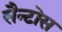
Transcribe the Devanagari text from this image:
सैन्टोस